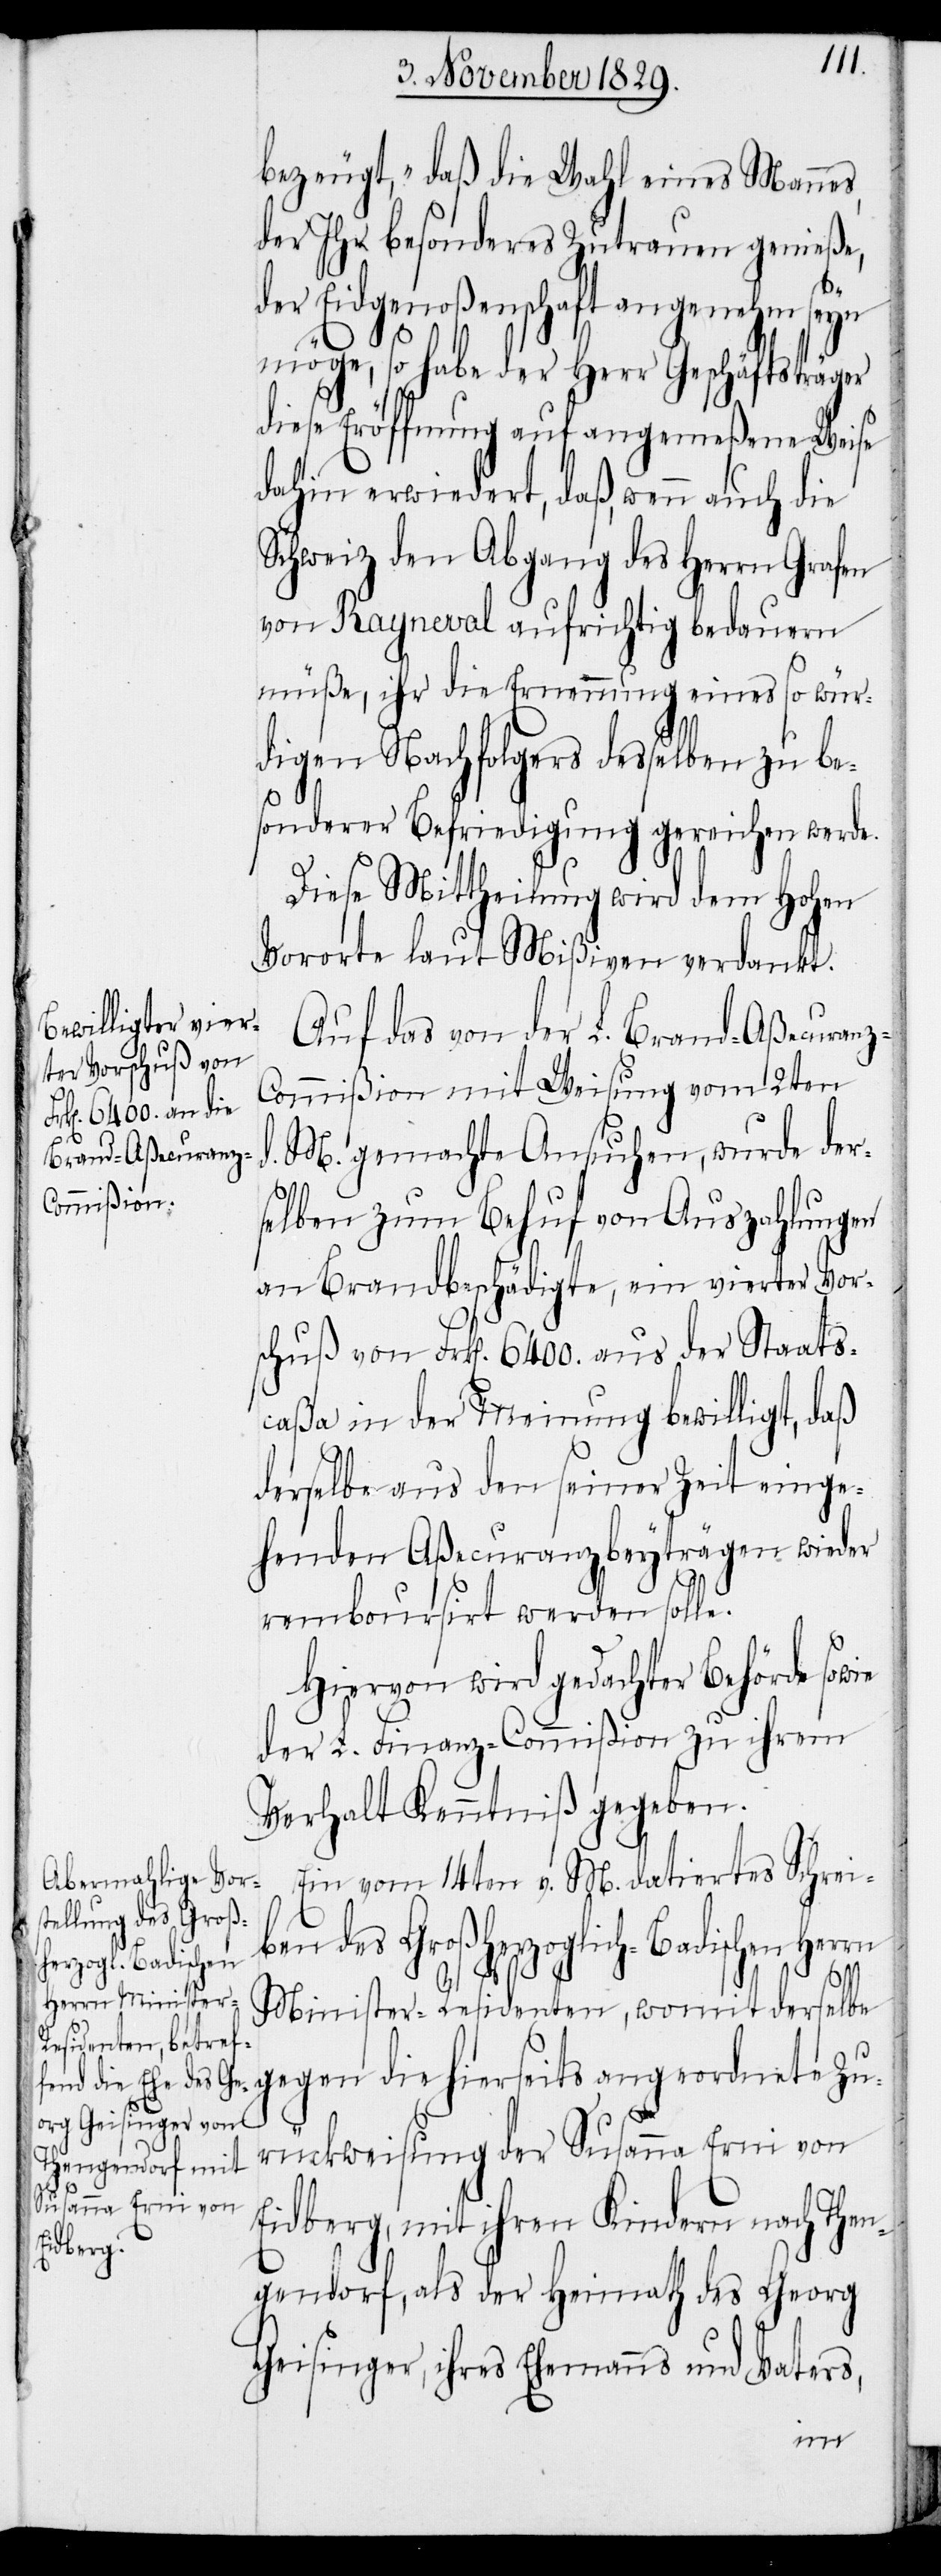
bezeugt, „daß die Wahl eines Mannes,
der Ihr besonderes Zutrauen genieße,
der Eidgenoßenschaft angenehm seyn
möge, so habe der Herr Geschäftsträger
diese Eröffnung auf angemeßene Weise
dahin erwiedert, daß, wenn auch die
Schweiz den Abgang des Herrn Grafen
von Rayneval aufrichtig bedauern
müße, ihr die Ernennung eines so wür¬
digen Nachfolgers desselben zu be¬
sonderer Befriedigung gereichen werd¬
Diese Mittheilung wird dem Hohen
Vororte laut Mißiven verdankt.
Auf das von der L. Brand-Aßecuran¬
ommißion mit Weisung vom 2ten
d. M. gemachte Ansuchen, wurde der¬
selben zum Behuf von Auszahlungen
an Brandbeschädigte, ein vierter Vor¬
schuß von Frk[en]. 6400. aus der Staats¬
caßa in der Meynung bewilligt, daß
derselbe aus den seiner Zeit einge¬
henden Aßecuranzbeyträgen wieder
remboursirt werden solle.
Hiervon wird gedachter Behörde sowie
der L. Finanz-Commißion zu ihrem
Verhalt Kenntniß gegeben.
Ein vom 14en v. M. datirtes Schrei¬
ben des Großherzoglich-Badischen Herrn
z-C¬
Minister-Residenten, womit derselbe
gegen die hierseits angeordnete Zu¬
rückweisung der Susanna Erni von
Eidberg, mit ihren Kindern nach The¬
ngendorf, als der Heimath des Georg
Geisinger, ihres Ehemanns und Vaters,